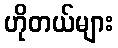
ဟိုတယ်များ